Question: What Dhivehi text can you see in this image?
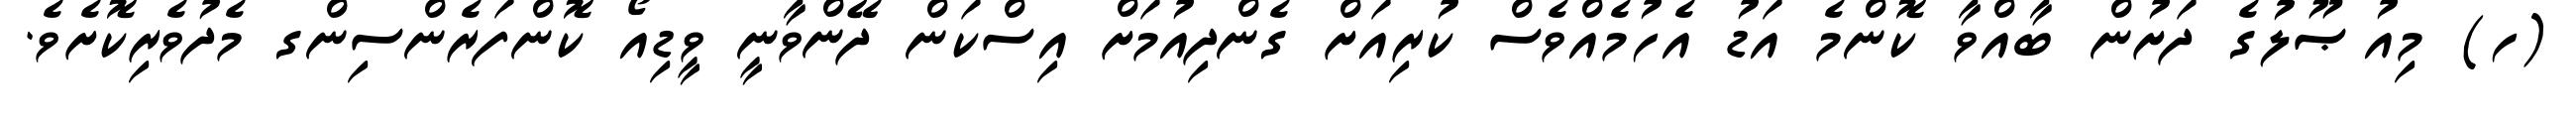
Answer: (ހ) މިއުޞޫލުގެ ދަށުން ބާއްވާ ކޮންމެ އަޑު އެހުމެއްވެސް ކުރިއަށް ގެންދިއުމަށް އިސްކަން ދޭންވާނީ ވީޑިއޯ ކޮންފަރެންސިންގ މެދުވެރިކޮށެވެ.